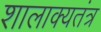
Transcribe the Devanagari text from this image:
शालाक्यतंत्र